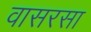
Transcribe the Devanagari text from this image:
वासरसा